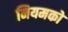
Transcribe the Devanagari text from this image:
नियमको